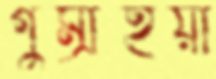
গুম্‌রাইয়া